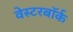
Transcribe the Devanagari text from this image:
वेस्टरबॉर्क